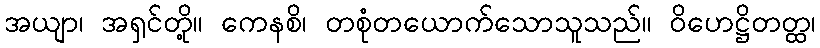
အယျာ၊ အရှင်တို့။ ကေနစိ၊ တစုံတယောက်သောသူသည်။ ဝိဟေဋ္ဌိတတ္ထ၊